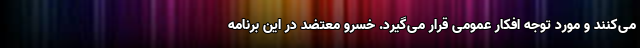
می‌کنند و مورد توجه افکار عمومی قرار می‌گیرد. خسرو معتضد در این برنامه